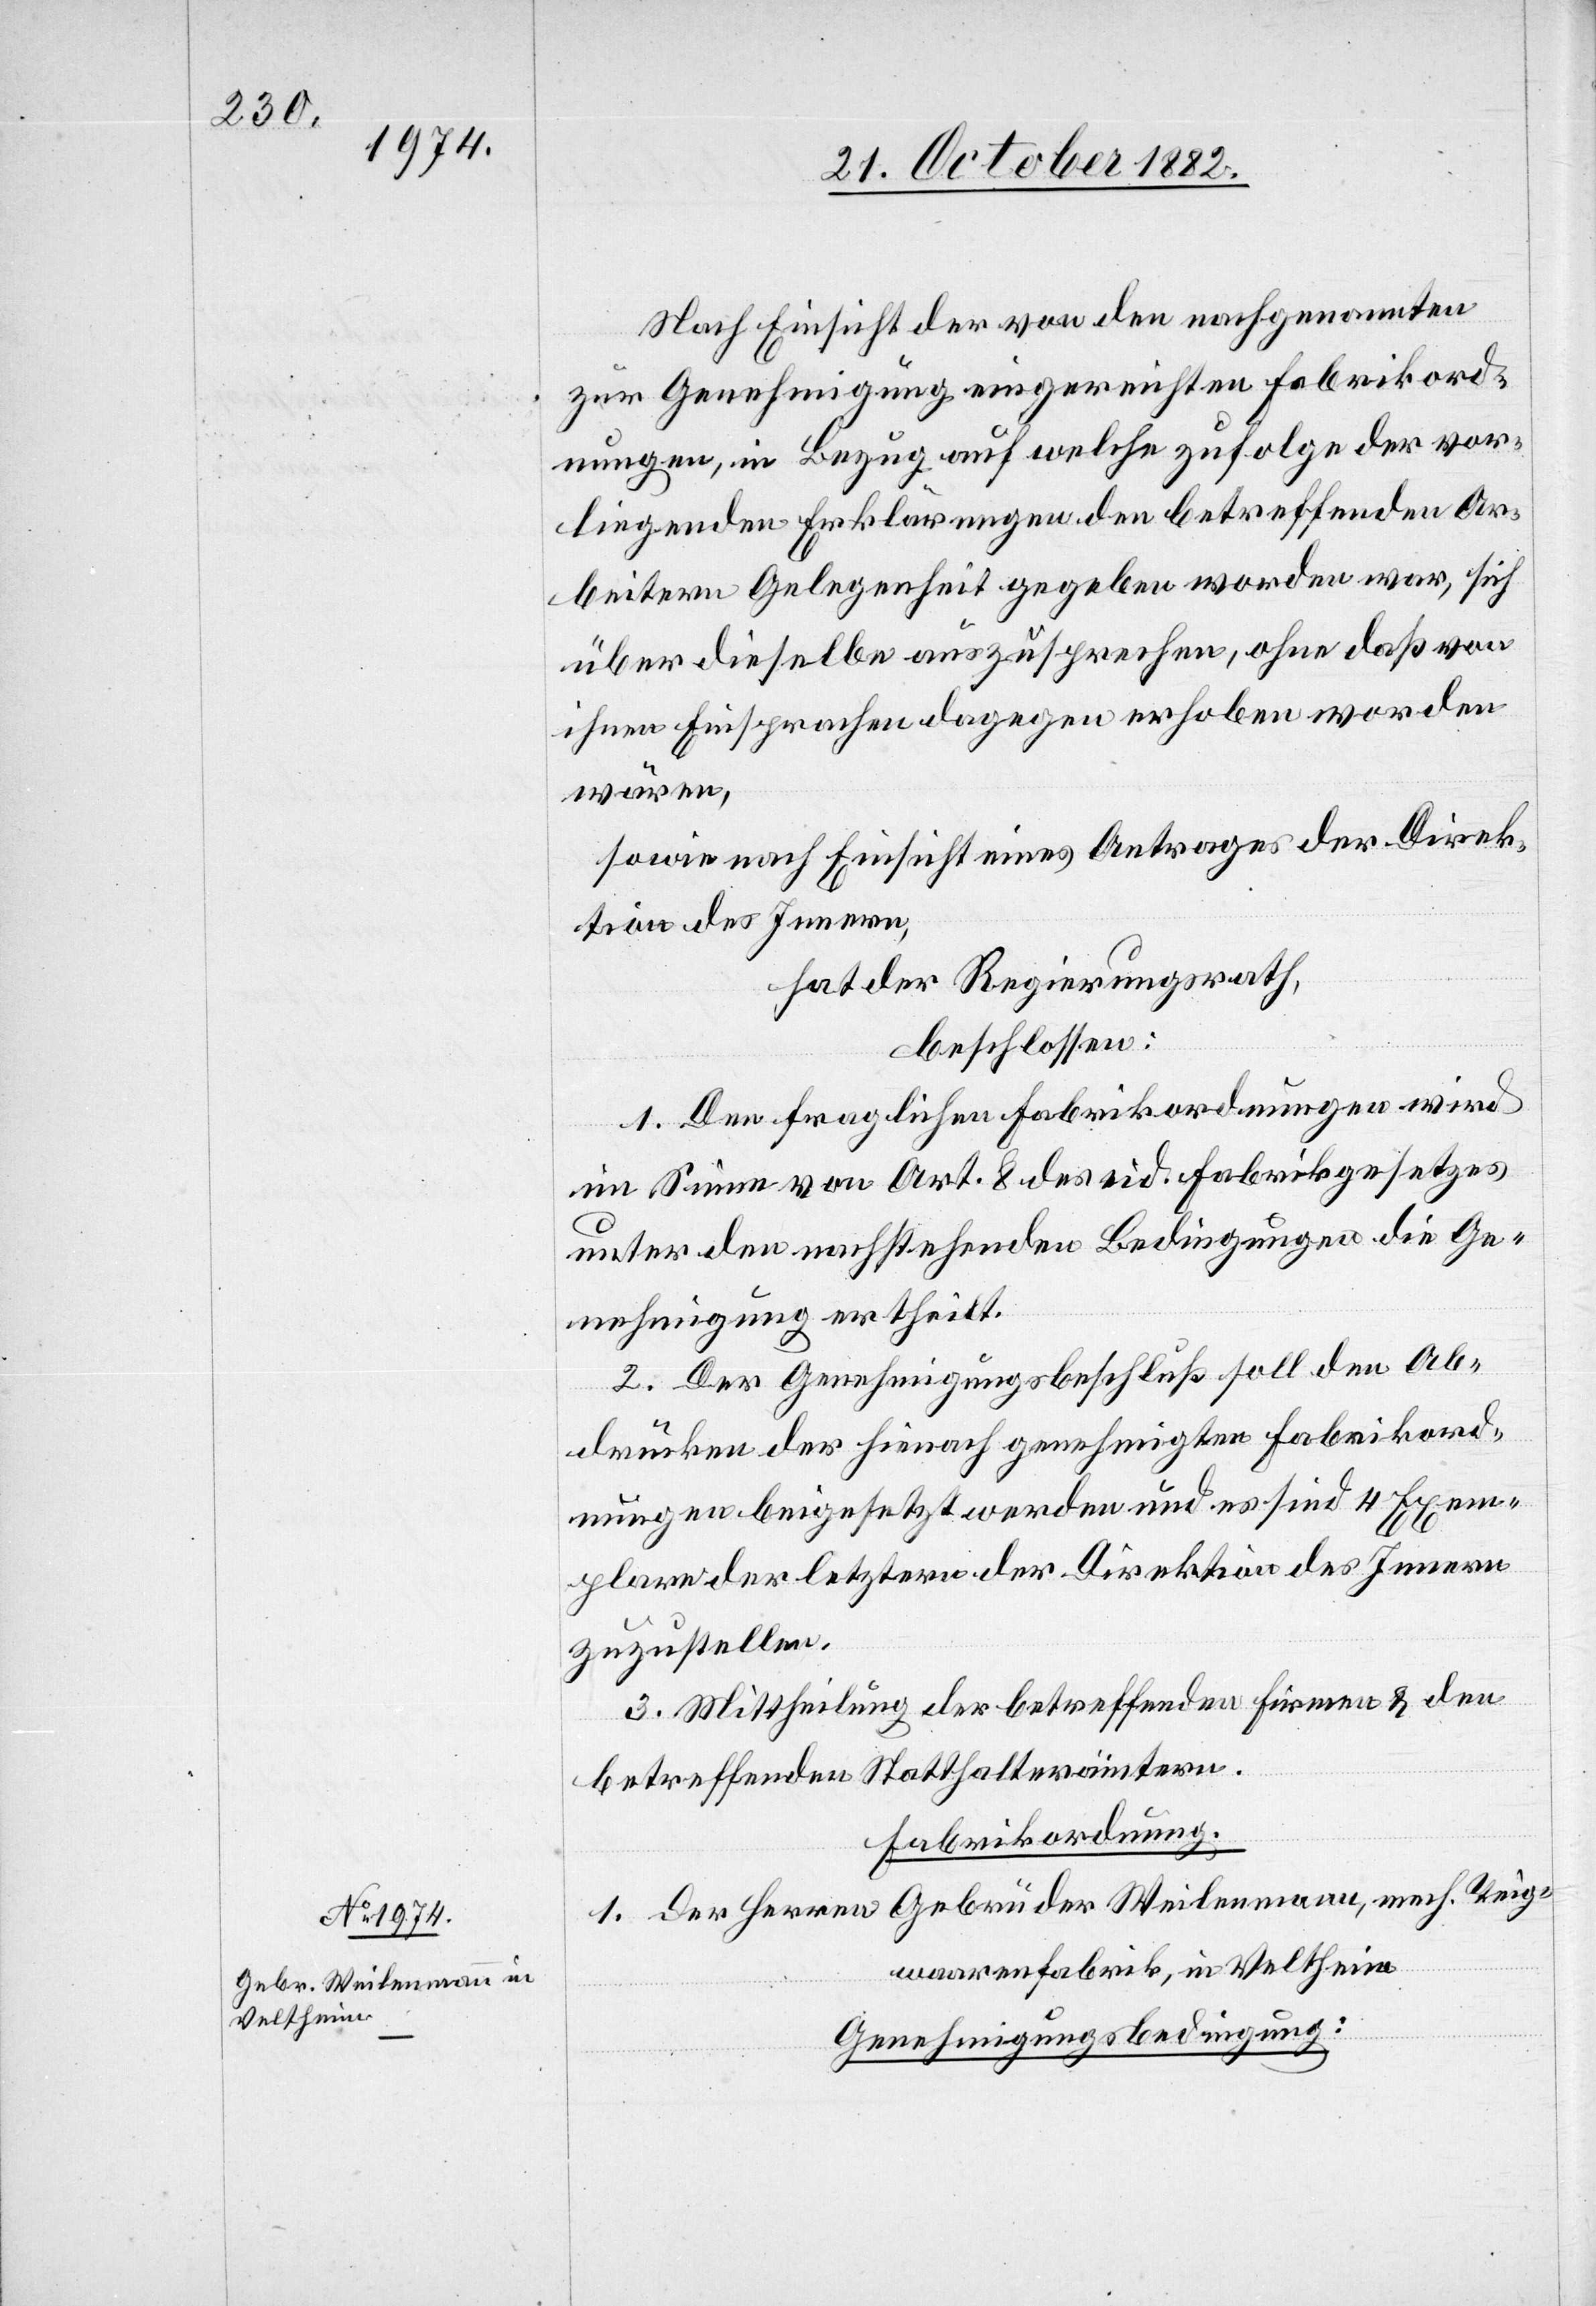
Nach Einsicht der von den nachgenannten
zur Genehmigung eingereichten Fabrikord¬
nungen, in Bezug auf welche zufolge der vor¬
liegenden Erklärungen den betreffenden Ar¬
beitern Gelegenheit gegeben worden war, sich
über dieselbe auszusprechen, ohne daß von
ihnen Einsprachen dagegen erhoben worden
wären,
sowie nach Einsicht eines Antrages der Direk¬
tion des Innern,
hat der Regierungsrath,
beschlossen:
1. Den fraglichen Fabrikordnungen wird
im Sinne von Art. 8 des eid. Fabrikgesetzes
unter den nachtstehenden Bedingungen die Ge¬
nehmigung ertheilt.
2. Der Genehmigungsbeschluß soll den Ab¬
drücken der hienach genehmigten Fabrikord¬
nungen beigesetzt werden und es sind 4 Exem¬
plare der letztern der Direktion des Innern
zuzustellen.
3. Mittheilung der [sic!] betreffenden Firmen & den
betreffenden Statthalterämtern.
Fabrikordnung.
1. Der Herren Gebrüder Weilenmann, mech. Teig¬
waarenfabrik, in Veltheim.
Genehmigungsbedingung: